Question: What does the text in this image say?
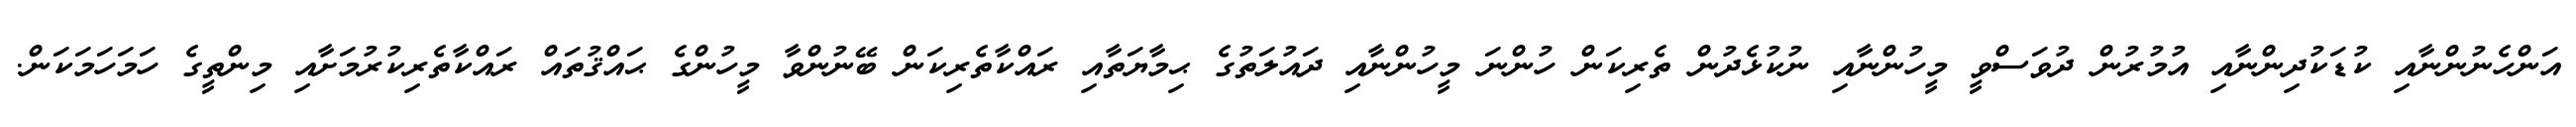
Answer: އަންހެނުންނާއި ކުޑަކުދިންނާއި އުމުރުން ދުވަސްވީ މީހުންނާއި ނުކުޅެދުން ތެރިކަން ހުންނަ މީހުންނާއި ދައުލަތުގެ ޙިމާޔަތާއި ރައްކާތެރިކަން ބޭނުންވާ މީހުންގެ ޙައްޤުތައް ރައްކާތެރިކުރުމަށާއި މިންތީގެ ހަމަހަމަކަން.